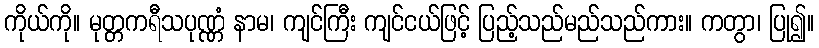
ကိုယ်ကို။ မုတ္တကရီသပုဏ္ဏံ နာမ၊ ကျင်ကြီး ကျင်ငယ်ဖြင့် ပြည့်သည်မည်သည်ကား။ ကတွာ၊ ပြု၍။